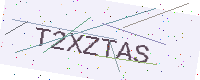
Text: T2XZTAS